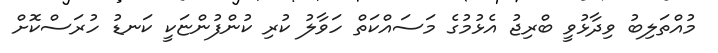
މުއްތަލިބު ވިދާޅުވީ ބްރިޖު އެޅުމުގެ މަސައްކަތް ހަވާލު ކުރި ކުންފުންޏަކީ ކަނޑު ހުރަސްކޮށް